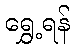
ရွှေ့ရန်